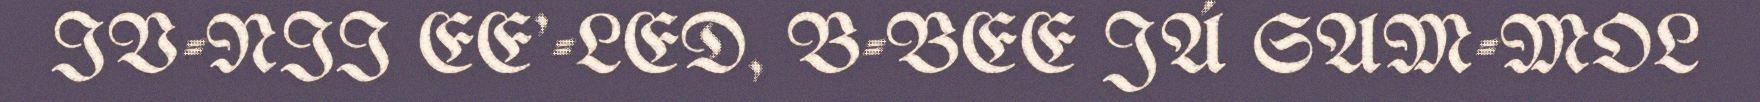
IV-NII EE'-LED, B-BEE JÁ SAM-MOL